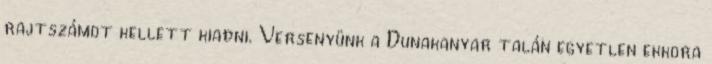
rajtszámot kellett kiadni. Versenyünk a Dunakanyar talán egyetlen ekkora